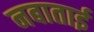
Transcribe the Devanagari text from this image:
नबाताई